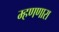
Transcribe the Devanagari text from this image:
म्हणणारा